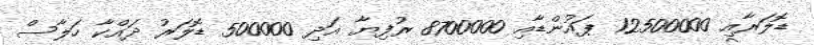
ޑޮލަރާއި 12500000 ޕައުންޑާއި 8700000 ރުފިޔާ އަދި 500000 ޑޮލަރު ދައްކާ ހަލާސް